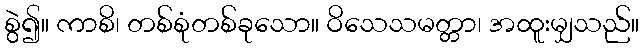
စွဲ၍။ ကာစိ၊ တစ်စုံတစ်ခုသော။ ဝိသေသမတ္တာ၊ အထူးမျှသည်။